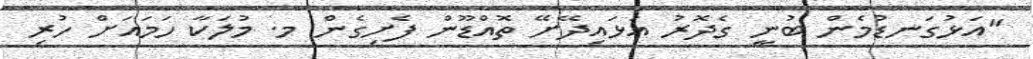
"އަޅުގަނޑުމެން ބުނީ ގެދޮރު އަޅައިދޭށޭ ތޮއްޑޫން ފެށިގެން މ. މުލަކާ ހަމައަށް ހުރި